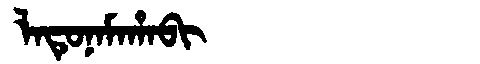
Manchu: ᠯᠠᡨᡠᠨᠠᠮᠠᡥᠠᠪᡳ
Romanization: LATUNAMAHABI